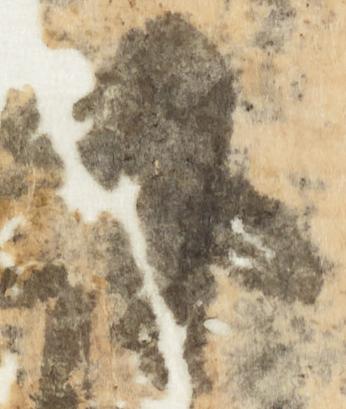
下